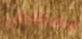
وبإمكاني